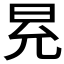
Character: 𭥠